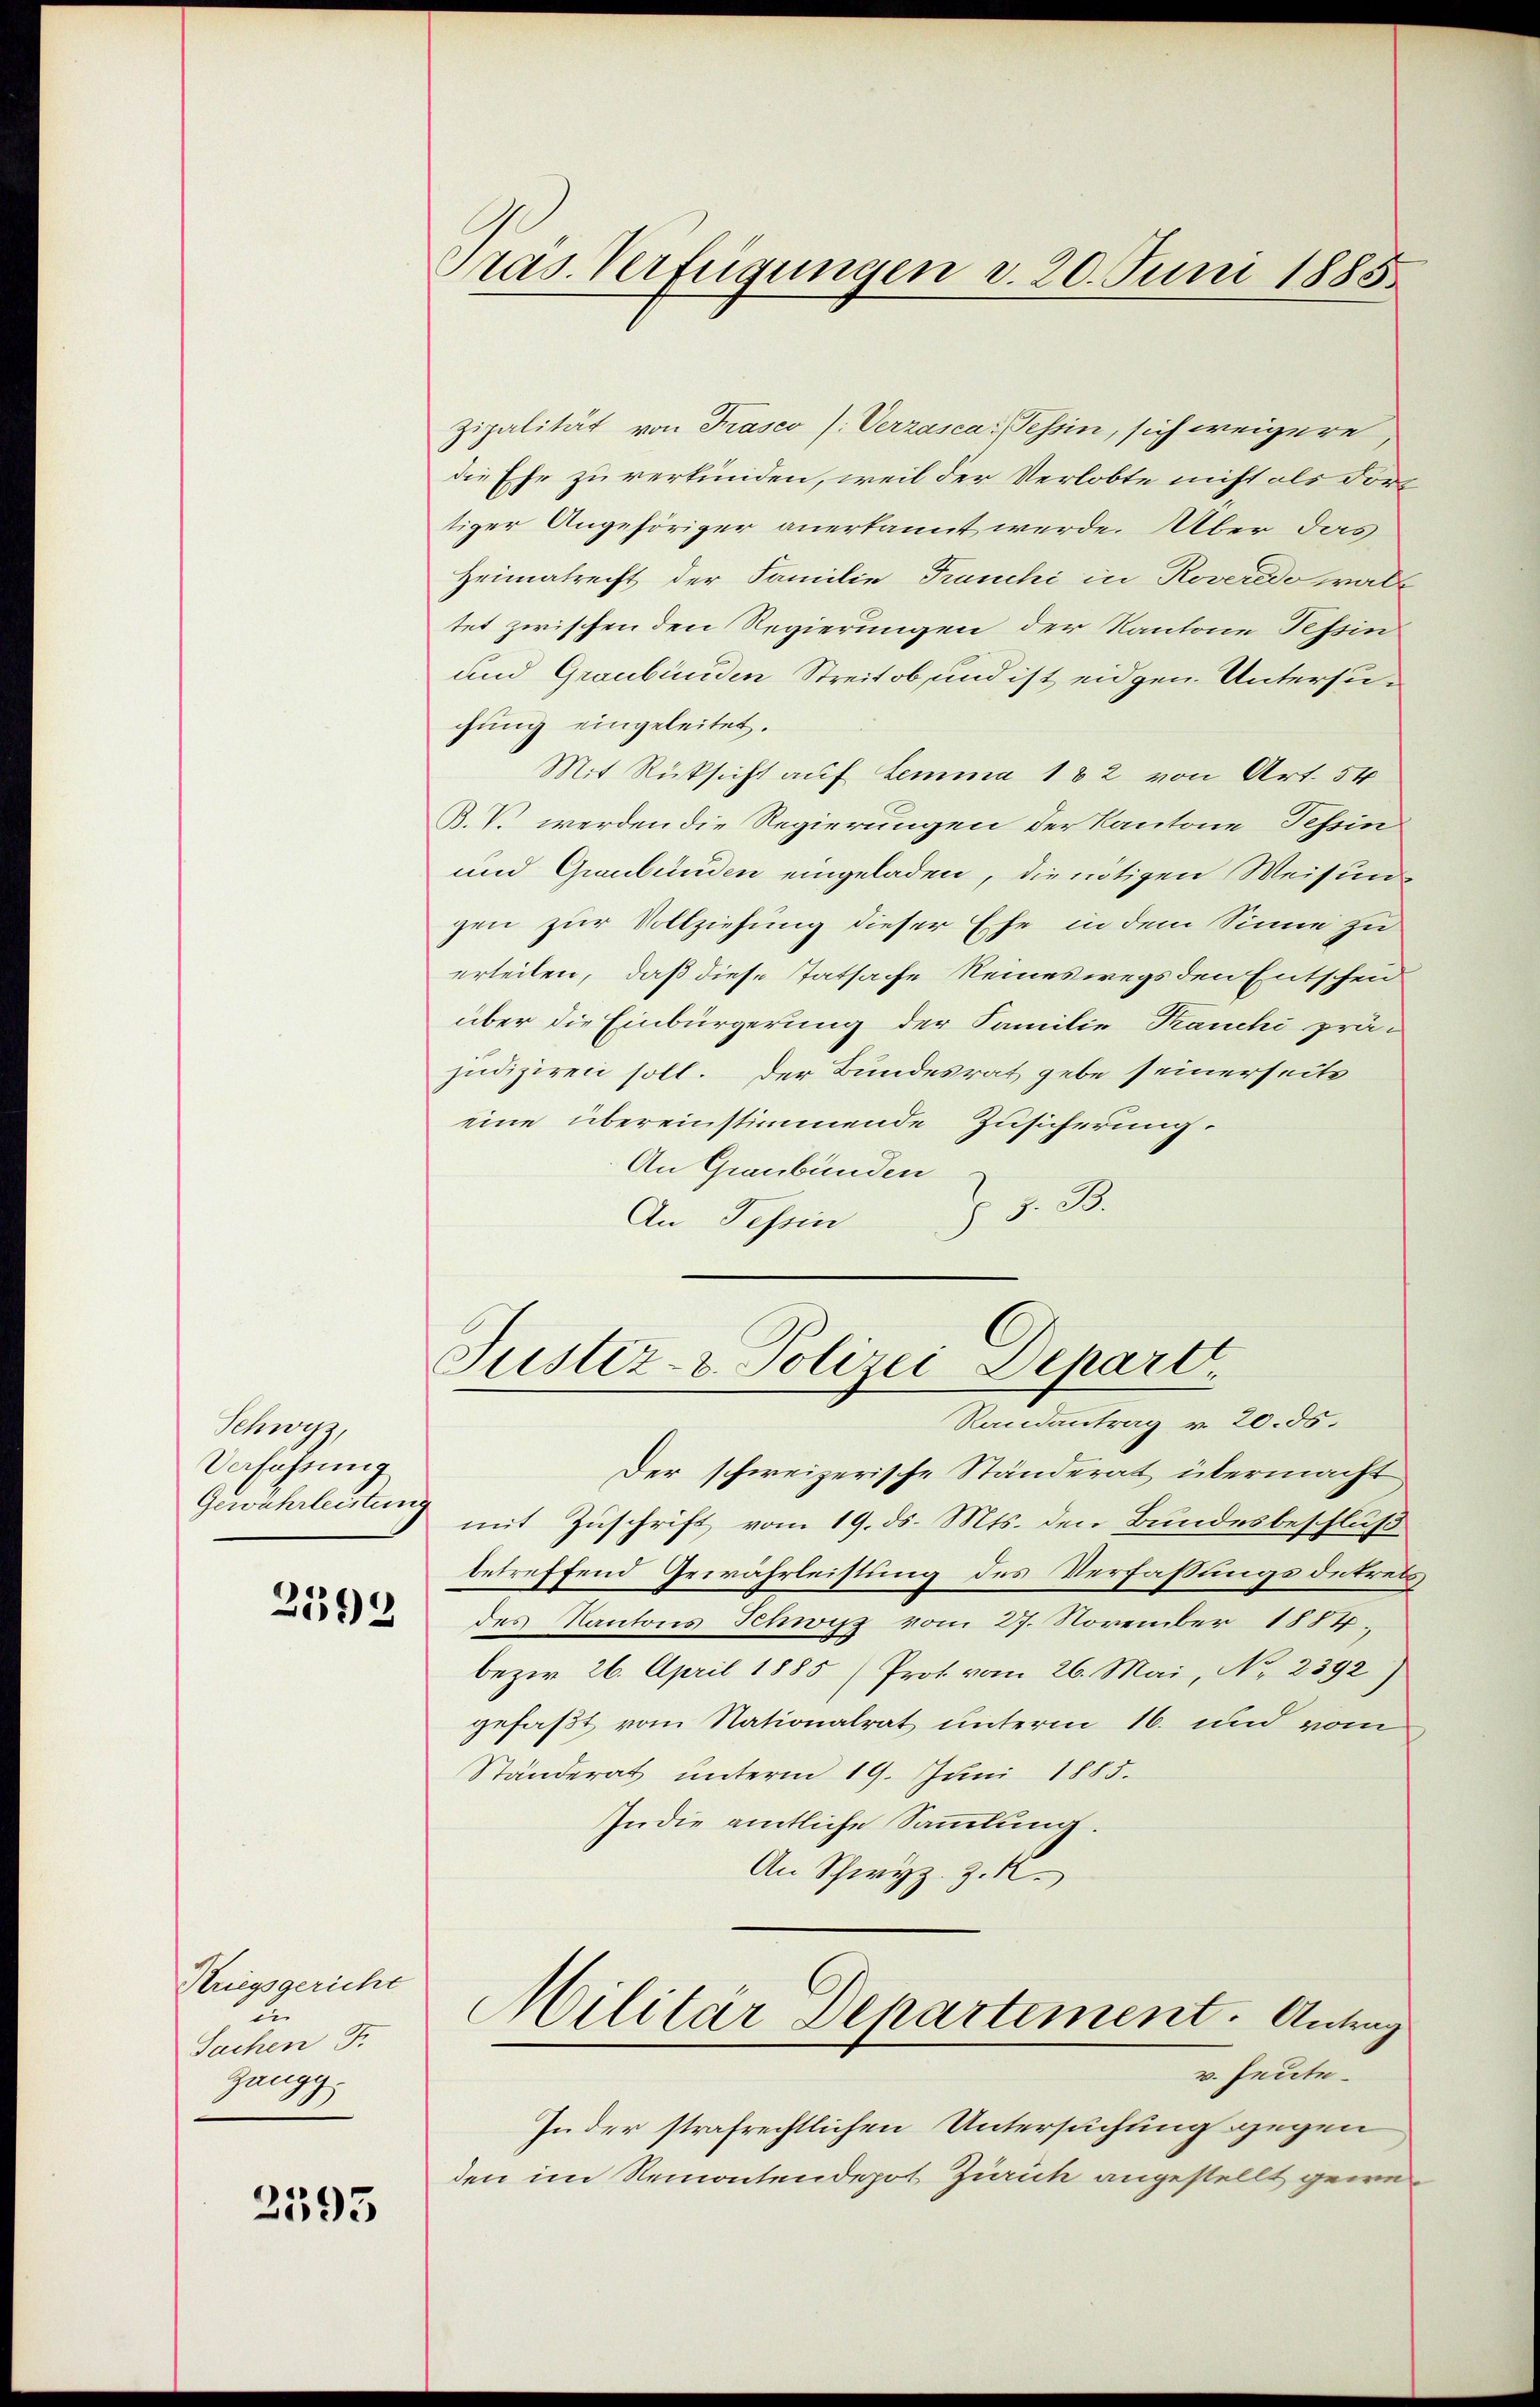
Schwyz,
Verfügung
2399

Kriegsgericht
u
Sachen F.
Zauge.
1

2393

Pras. Verfügungen d. 20. Juni 1885

Zipalität von Trasco (Verzasca: Tessin, sich weigere,
die Ehe zu verkünden, weil der Verlobte nicht als dorttiger Angehöriger anerkannt werde. Aber das
Heimatrecht der Familie Franchi in Roveredo walte
tet zwischen den Regierungen der Kantone Tessin
und Graubünden Streit ob, und ist eidgen. Untersuchung eingeleitet.
Mit Rücksicht auf Lemma 182 von Art. 54
B.V. werden die Regierungen der Kantone Tessin
und Graubünden eingeladen, die nötigen Weisun
gen zur Vollziehung dieser Ehe in dem Sinne zu
erteilen, daß diese Tatsache Reineswegs den Entscheid
über die Einbürgerung der Familie Kranchi prä-
judiziren soll. Der Bundesrat gebe seinerseite
eine übereinstimmende Zusicherung.
An Graubünden
J S. 20.
An Tessin

Justiz- & Polizei Depart
Randantrag v. 20. ds.

Der schweizerische Ständerat übermacht
Gewährleistung mit Zuschrift vom 19. ds. Mts. den Bundesbeschluß
betreffend Gewährleistung des Verfaßungsdetreis
des Kantons Schwyz vom 27. November 1884.
bezir 26. April 1885 (Prot. vom 26. Mai, No 2392)
gefaßt vom Nationalrat unterm 16. und vom
Ständerat unterm 19. Juni 1885.
Indie amtliche Sammlung.
An Schwyz z. R.,
Militär Departement. Antrag
v. Heute.
In der strafrechtlichen Untersuchung gegen
den im Remontendepot Zürich angestellt gewe¬